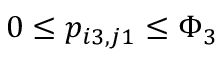
0 \le p _ { i 3 , j 1 } \le \Phi _ { 3 }